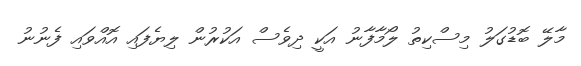
މާލޭ ބޮޑުގަލު މިސްކިތު ލޯމާފާނު އަކީ ދިވެސް އަކުރުން ލިޔެފައި އޮއްވައި ފެނުނު